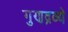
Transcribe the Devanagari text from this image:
गुणद्रव्ये